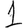
Digit: 1